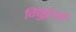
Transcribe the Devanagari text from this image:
विद्युद्वाराएँ